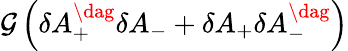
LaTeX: {\cal G}\left(\delta A_{+}^{\dag}\delta A_{-}+\delta A_{+}\delta A_{-}^{\dag}\right)